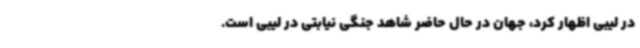
در لیبی اظهار کرد، جهان در حال حاضر شاهد جنگی نیابتی در لیبی است.